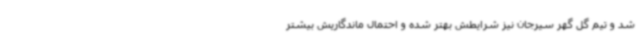
شد و تیم گل گهر سیرجان نیز شرایطش بهتر شده و احتمال ماندگاریش بیشتر